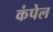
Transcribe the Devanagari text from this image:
कंपेल